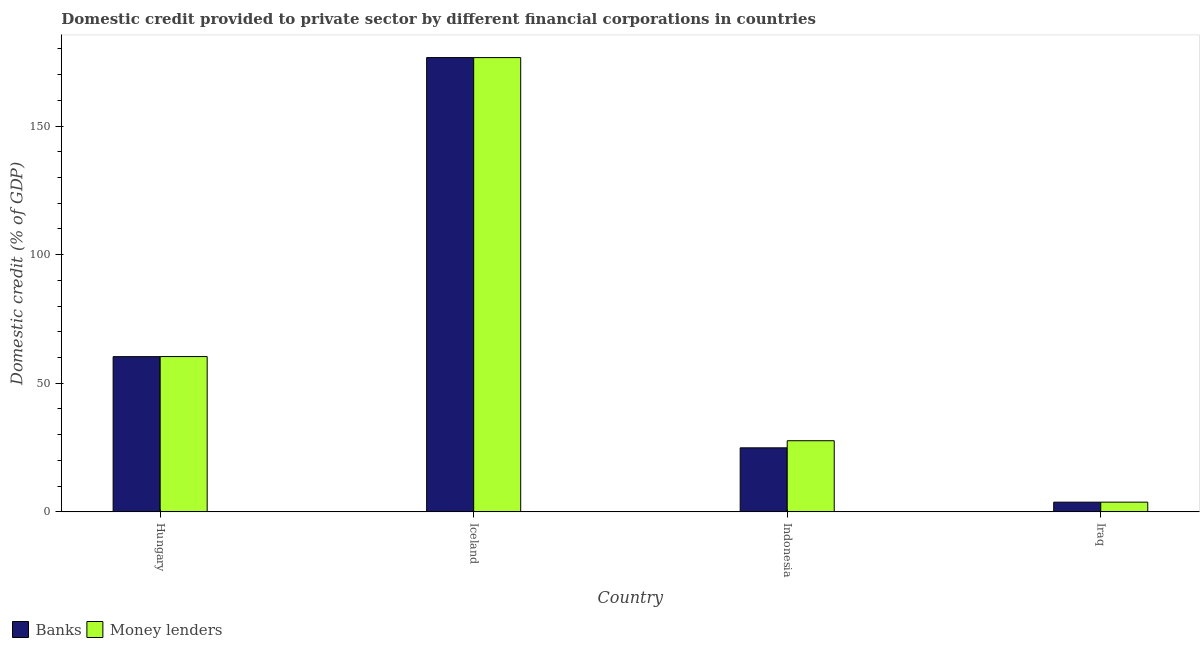
| Country | Banks | Money lenders |
 | --- | --- | --- |
 | Hungary | 60.3 | 60.4 |
 | Iceland | 177 | 177 |
 | Indonesia | 24.9 | 27.7 |
 | Iraq | 3.78 | 3.78 |